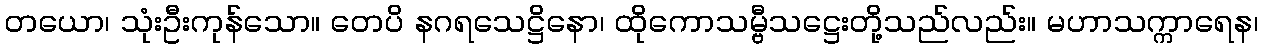
တယော၊ သုံးဦးကုန်သော။ တေပိ နဂရသေဋ္ဌိနော၊ ထိုကောသမ္ဗီသဋ္ဌေးတို့သည်လည်း။ မဟာသက္ကာရေန၊